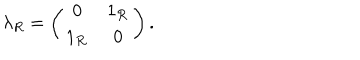
\lambda _ { R } = \left( \begin{array} { c c } { { 0 } } & { { 1 _ { \mathcal R } } } \\ { { 1 _ { \mathcal R } } } & { { 0 } } \\ \end{array} \right) .